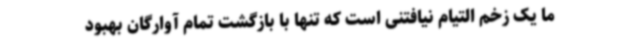
ما یک زخم التیام نیافتنی است که تنها با بازگشت تمام آوارگان بهبود